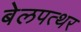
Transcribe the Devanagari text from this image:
बेलपत्थर